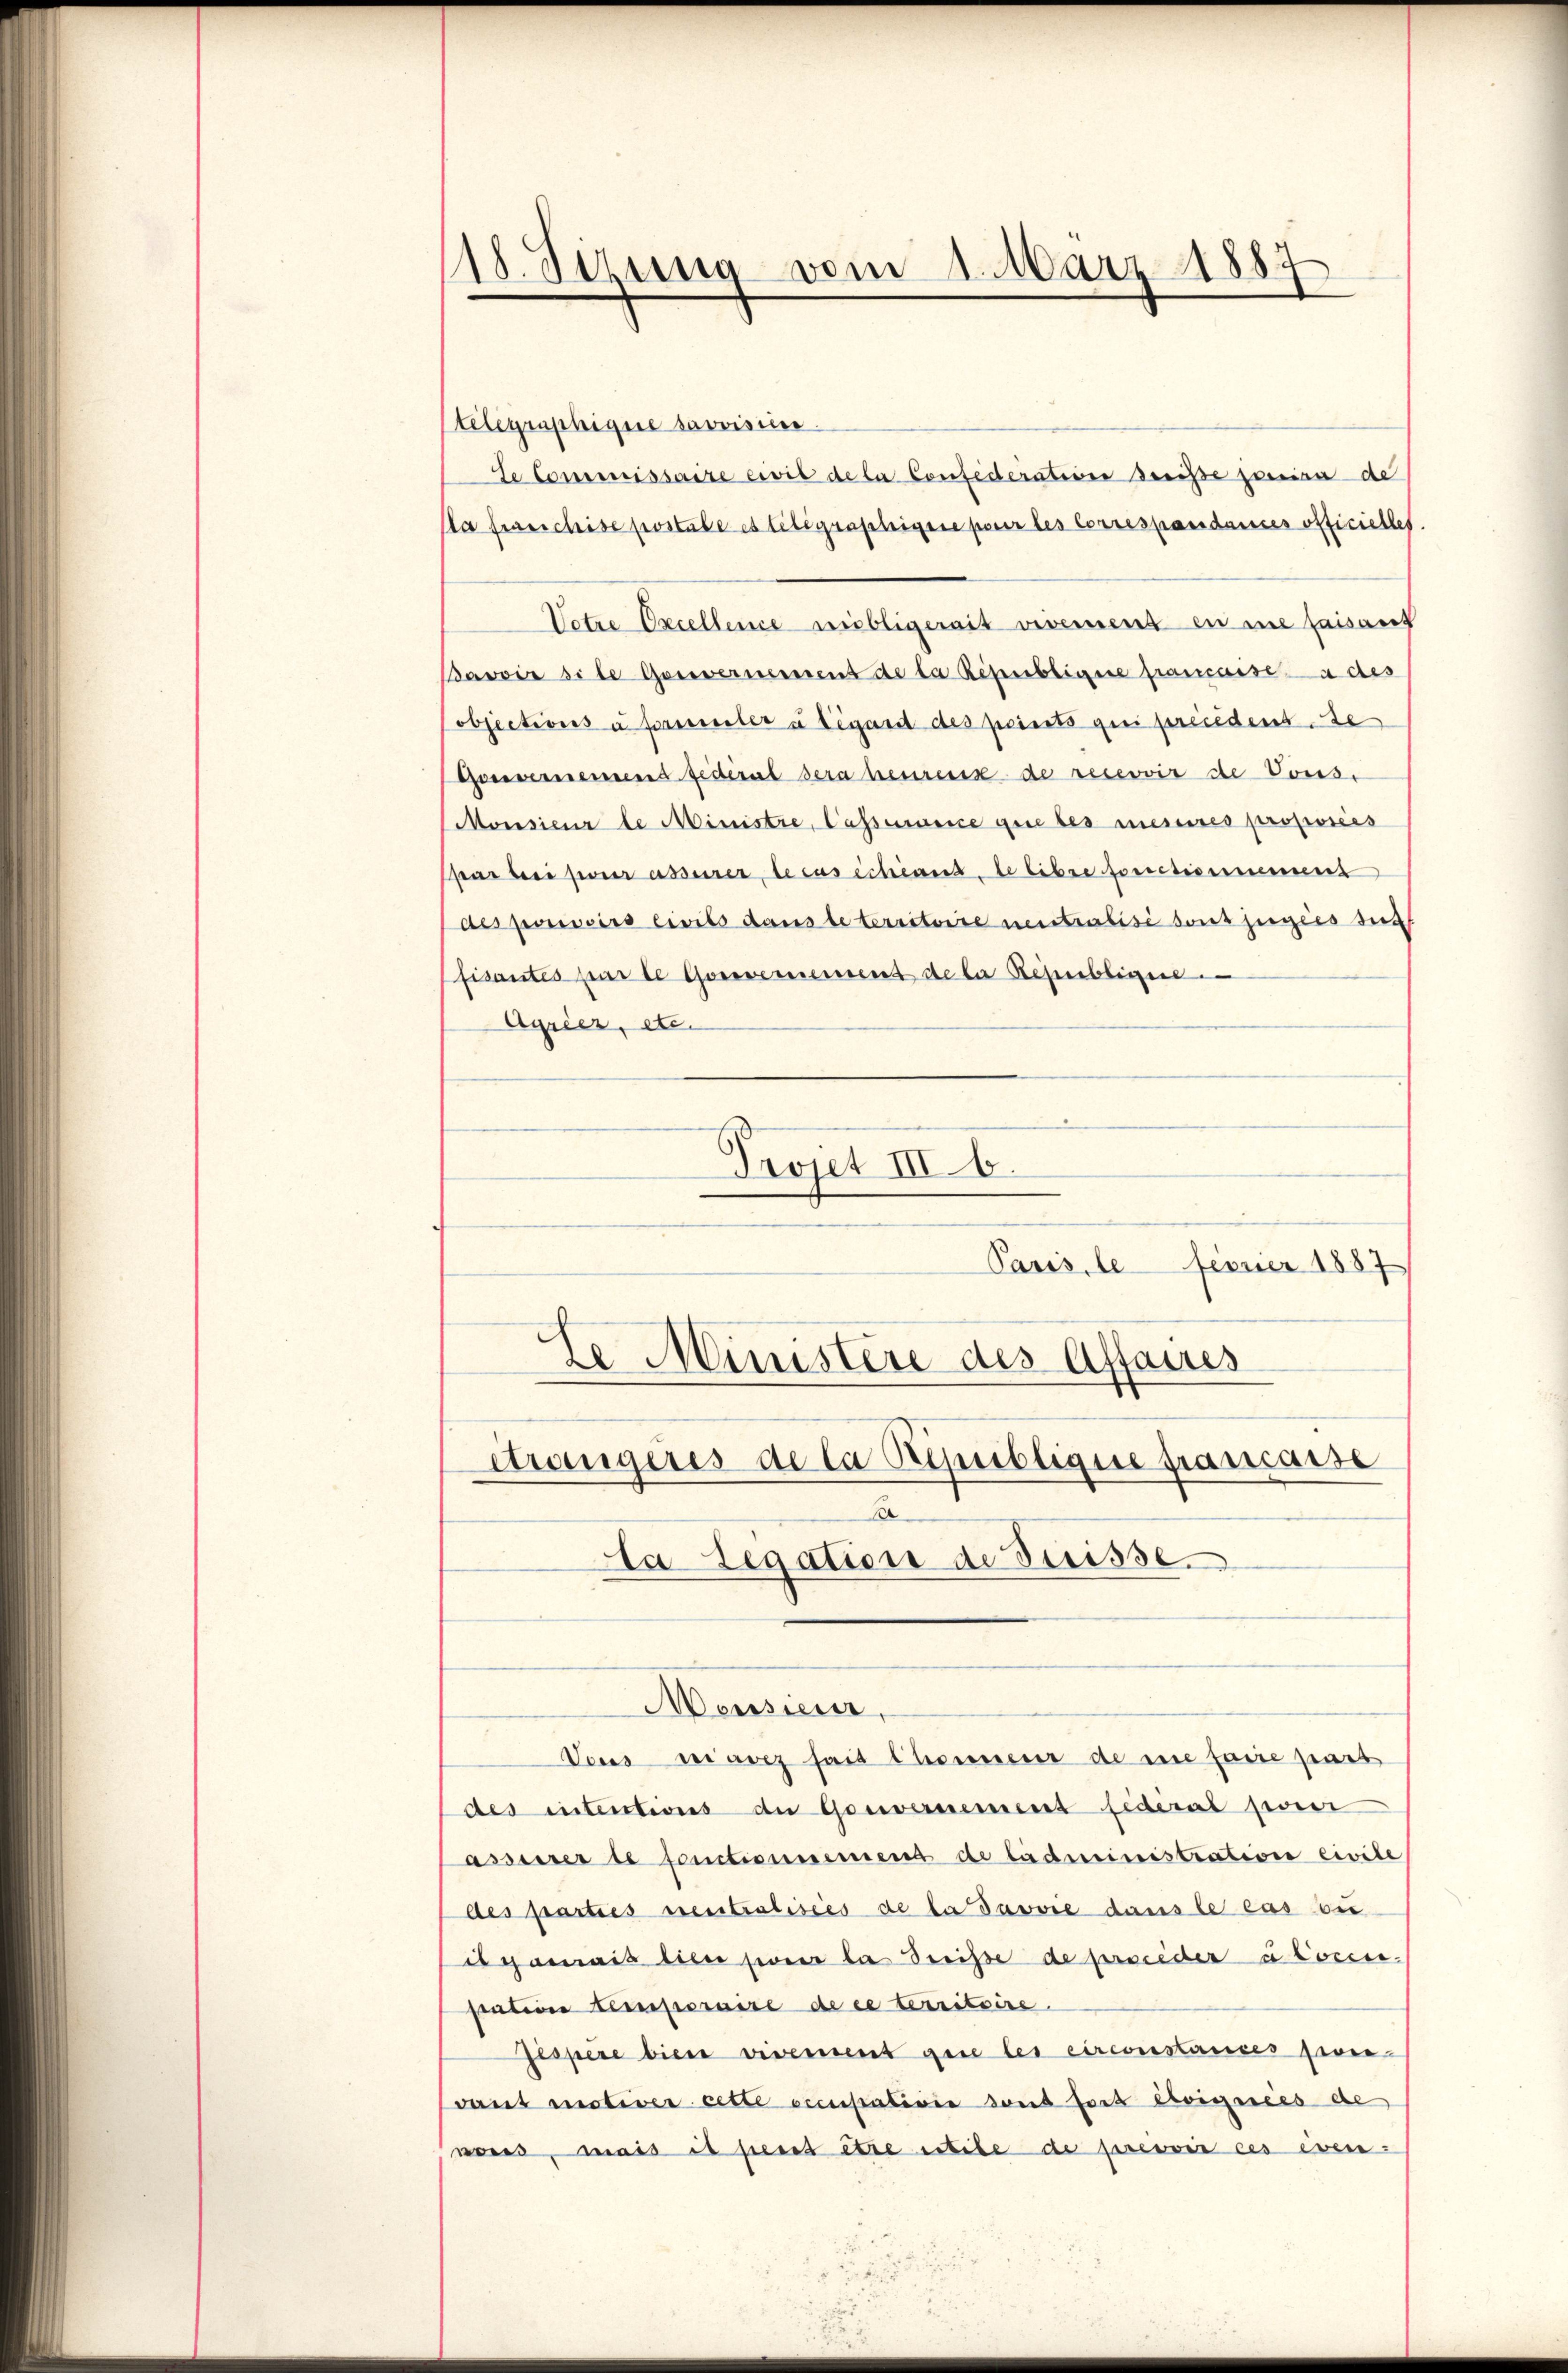
118. Sezung vom 1. März 1887

telegraphigere savoisier
te Commissaire civil de la Confederation dreise zueina de
Aa franchise postabe es telegraphigen pour les Correspandames officielles
Votze Oxcellence nebligerait vivement en ne faisauf
Javoir si le Gouvernement de la Républigene francasse a des
objections u sammler u legand des peints qui précédent de
Gouvernement fédéral sera herreise de recevoir de Vors
Monsieur le Ministre, Cassarice que les meines proposées
sar bei serasserer le cas échéant, le libre fonctionnement
des pouvoirs Civils dans le territoire neutralisé sont jugées sic
fisantes parte Gouvernement de la Republigen.
Agrier, etc.
Projet III b.
Paris, le ferner 1887

te Ministere des Affaires
drängeres de la République francasse
¬
Da Legation de Suisse

Meusieur,
Vous siavez sait Chonneur de se faire part
des intentions de Gouvernement fédéral pour
assesserte fonctienmemend de ladministration civile
des parties neutralisies de la davore dans le cas du
is gemais liber sie da dreise de persiederatoren.
station temporaire de ce territoire.
Jespere biere vivement gere les circonstances preivant motiver cette occupativie dont fort eoignées de
nons, mais it seint être extile de prevoir ces even¬